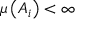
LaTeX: \mu \left( A _ { i } \right) < \infty